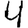
Digit: 4